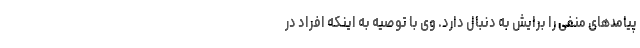
پیامدهای منفی را برایش به دنبال دارد. وی با توصیه به اینکه افراد در